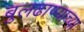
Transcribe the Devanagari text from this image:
बुलढाण्याच्या